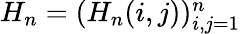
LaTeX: \textstyle H_{n}=(H_{n}(i,j))_{i,j=1}^{n}